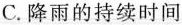
C. 降雨的持续时间